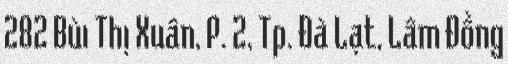
282 Bùi Thị Xuân, P. 2, Tp. Đà Lạt, Lâm Đồng